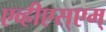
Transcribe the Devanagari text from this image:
एव्हीएस्एम्